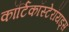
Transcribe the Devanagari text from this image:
कॉर्टिकॉस्टेरॉयड्स